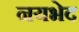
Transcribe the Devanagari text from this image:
नयभेद